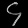
Digit: ၄